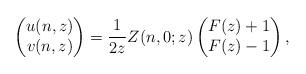
LaTeX: \begin{align*}\begin{pmatrix}u(n,z) \\v(n,z) \\\end{pmatrix}=\frac{1}{2z} Z(n,0;z) \begin{pmatrix}F(z) + 1 \\F(z) - 1 \\\end{pmatrix},\end{align*}